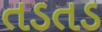
તડતડ